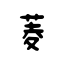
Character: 菱